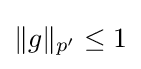
{\textstyle \lVert g\rVert _{p'}\leq 1}